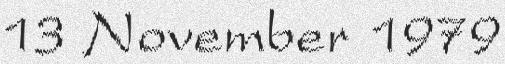
13 November 1979